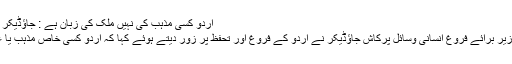
اردو کسی مذہب کی نہیں ملک کی زبان ہے : جاؤڈیکر – Taasir Urdu Daily روزنامه تاثیر
نئی دہلی،19 مارچ (یو این آئی) مرکزی وزیر برائے فروغ انسانی وسائل پرکاش جاؤڈیکر نے اردو کے فروغ اور تحفظ پر زور دیتے ہوئے کہا کہ اردو کسی خاص مذہب یا علاقے کی نہیں بلکہ یہ سب کی زبان ہے ۔